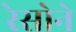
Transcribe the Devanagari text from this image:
रेसोने